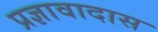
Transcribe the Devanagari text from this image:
प्रज्ञावादास